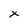
Character: x